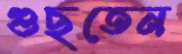
গুছতেন